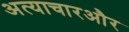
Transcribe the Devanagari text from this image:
अत्याचारऔर